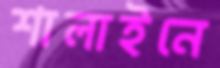
শালাইনে